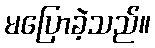
မပြောခဲ့သည်။